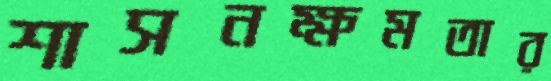
শাসনক্ষমতার